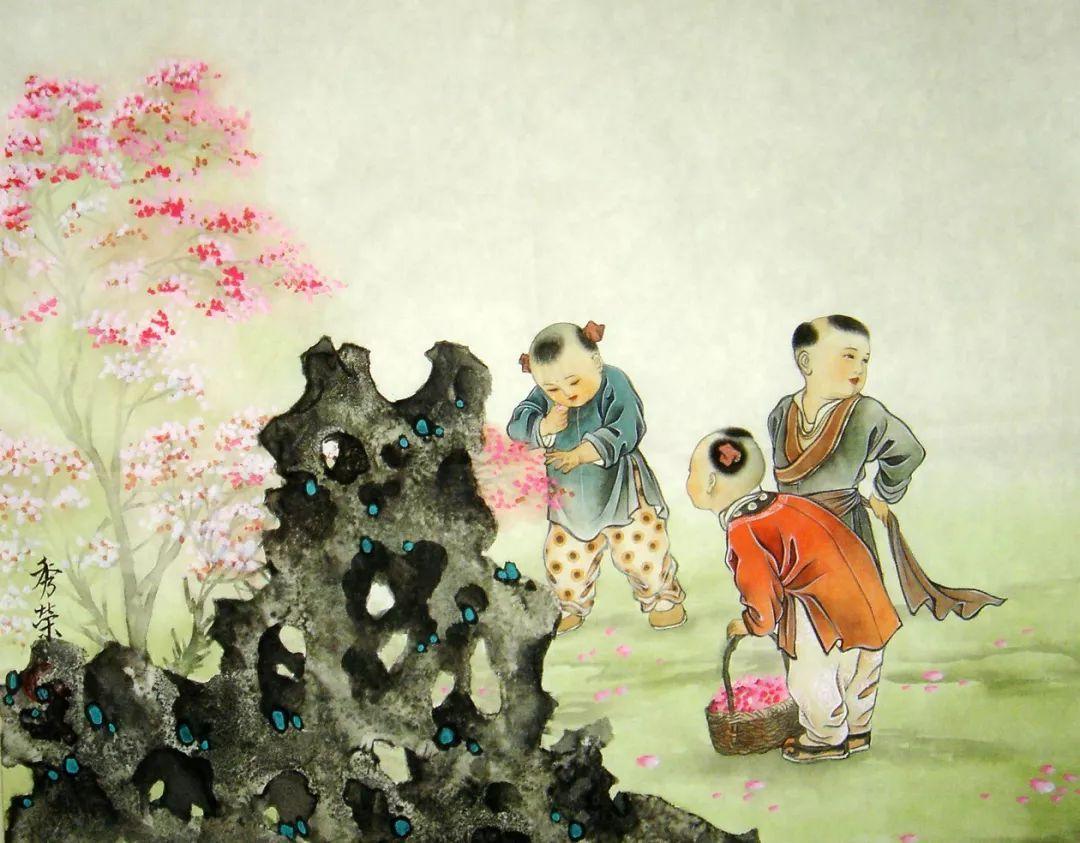
小住京华，早又是，中秋佳节。